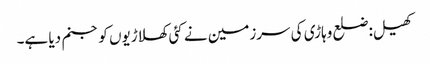
کھیل:ضلع وہاڑی کی سرزمین نے کئی کھلاڑیوں کو جنم دیا ہے۔